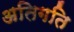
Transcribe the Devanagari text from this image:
अतिगति